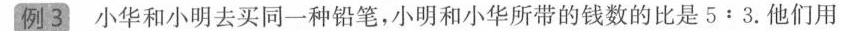
例3小华和小明去买同一种铅笔，小明和小华所带的钱数的比是5﹔3.他们用